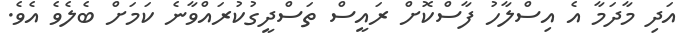
އަދި މާދަމާ އެ އިސްލާހު ފާސްކޮށް ރައީސް ތަސްދީގުކުރައްވާނެ ކަމަށް ބެލެވެ އެވެ.